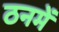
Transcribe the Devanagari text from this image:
ठनमें